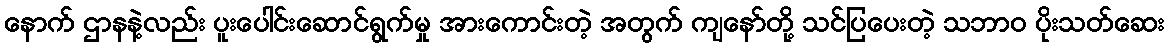
နောက် ဌာနနဲ့လည်း ပူးပေါင်းဆောင်ရွက်မှု အားကောင်းတဲ့ အတွက် ကျနော်တို့ သင်ပြပေးတဲ့ သဘာ၀ ပိုးသတ်ဆေး